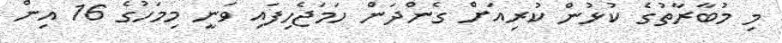
މި މުބާރާތުގެ ކުޅުން ކުރިއަށް ގެންދަން ހަމަޖެހިފައި ވަނީ މިމަހުގެ 16 އިން